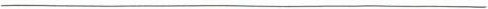
___